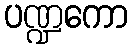
ပဏ္ဍကော